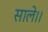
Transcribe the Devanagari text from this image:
साले।।